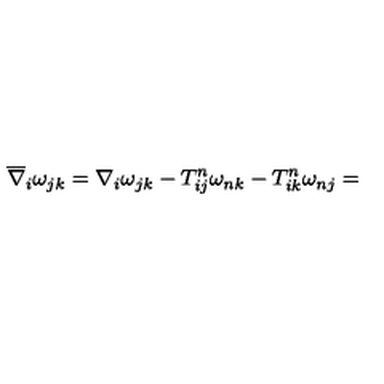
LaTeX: \overline { { \nabla } } _ { i } \omega _ { j k } = \nabla _ { i } \omega _ { j k } - T _ { i j } ^ { n } \omega _ { n k } - T _ { i k } ^ { n } \omega _ { n j } =